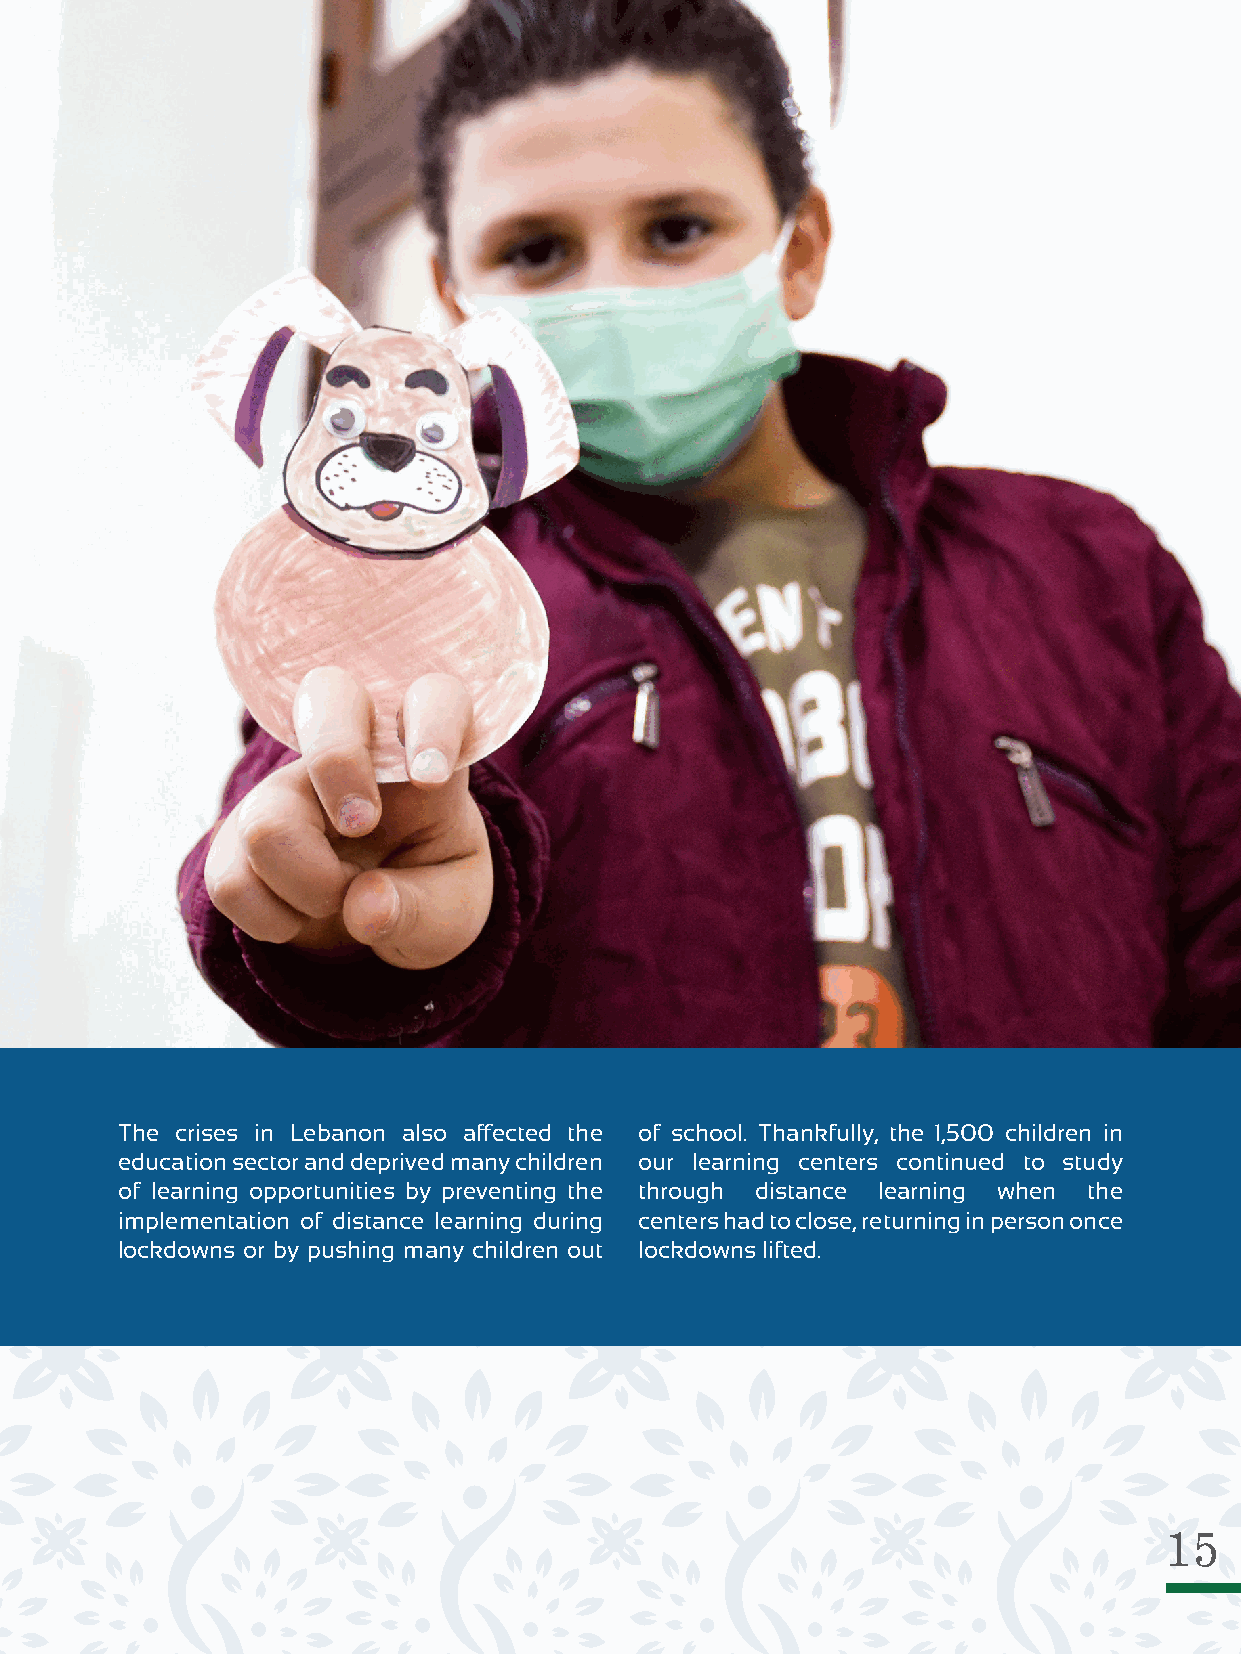
The crises in Lebanon also affected the of school. Thankfully, the 1,500 children in
 education sector and deprived many children our learning centers continued to study
 of learning opportunities by preventing the through distance learning when the
 implementation of distance learning during centers had to close, returning in person once
 lockdowns or by pushing many children out lockdowns lifted.
 15